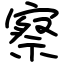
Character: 察